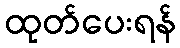
ထုတ်ပေးရန်